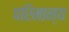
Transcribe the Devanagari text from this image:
परिमान्य